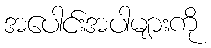
အပေါင်းအပါများကို